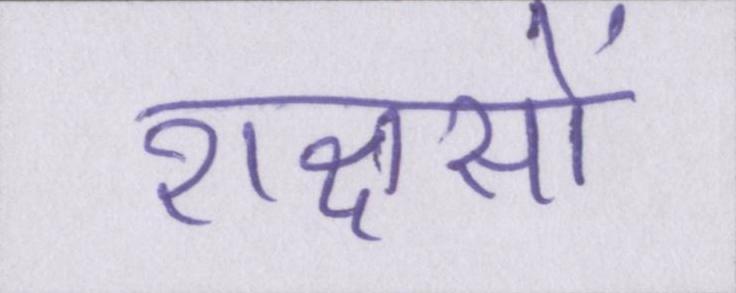
राक्षसों